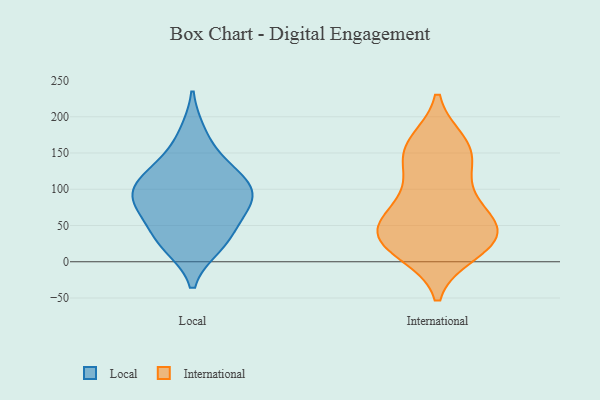
{"axis": {"x": "Revenue (USD Million)", "y": "Value"}, "legend": ["International", "Local"], "data": [{"x": "", "y": 130, "type": "Local"}, {"x": "", "y": 23, "type": "Local"}, {"x": "", "y": 98, "type": "Local"}, {"x": "", "y": 99, "type": "Local"}, {"x": "", "y": 86, "type": "Local"}, {"x": "", "y": 129, "type": "Local"}, {"x": "", "y": 72, "type": "Local"}, {"x": "", "y": 176, "type": "Local"}, {"x": "", "y": 27, "type": "Local"}, {"x": "", "y": 70, "type": "Local"}, {"x": "", "y": 102, "type": "Local"}, {"x": "", "y": 36, "type": "Local"}, {"x": "", "y": 30, "type": "International"}, {"x": "", "y": 92, "type": "International"}, {"x": "", "y": 14, "type": "International"}, {"x": "", "y": 61, "type": "International"}, {"x": "", "y": 59, "type": "International"}, {"x": "", "y": 32, "type": "International"}, {"x": "", "y": 44, "type": "International"}, {"x": "", "y": 56, "type": "International"}, {"x": "", "y": 155, "type": "International"}, {"x": "", "y": 27, "type": "International"}, {"x": "", "y": 113, "type": "International"}, {"x": "", "y": 163, "type": "International"}, {"x": "", "y": 146, "type": "International"}, {"x": "", "y": 155, "type": "International"}, {"x": "", "y": 21, "type": "International"}]}